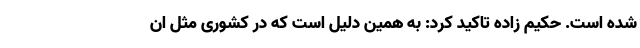
شده است. حکیم زاده تاکید کرد: به همین دلیل است که در کشوری مثل ان